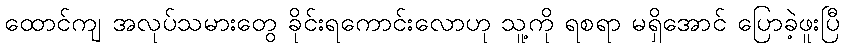
ထောင်ကျ အလုပ်သမားတွေ ခိုင်းရကောင်းလောဟု သူ့ကို ရစရာ မရှိအောင် ပြောခဲ့ဖူးပြီ